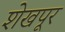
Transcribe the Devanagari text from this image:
शेखपूर